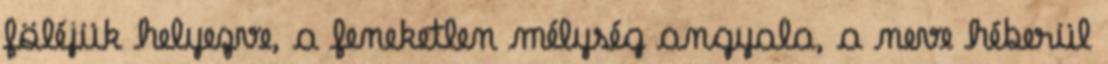
föléjük helyezve, a feneketlen mélység angyala, a neve héberül